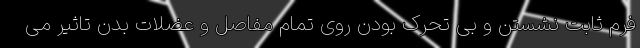
فرم ثابت نشستن و بی تحرک بودن روی تمام مفاصل و عضلات بدن تاثیر می